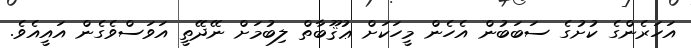
އަހަރެންގެ ކުށުގެ ސަބަބުން އެހެން މީހަކަށް ޢުޤޫބާތް ލިބުމަށް ނޭދޭތީ އަވަސްވެގެން އައީއެވެ.